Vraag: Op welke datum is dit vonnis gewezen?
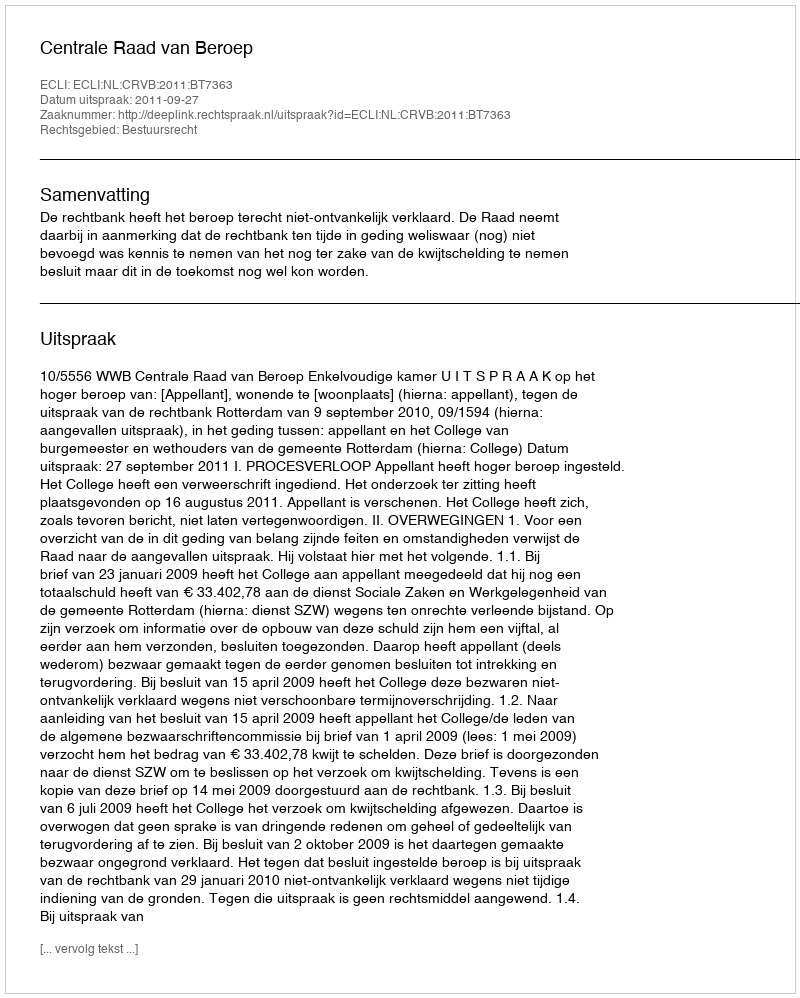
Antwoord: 2011-09-27